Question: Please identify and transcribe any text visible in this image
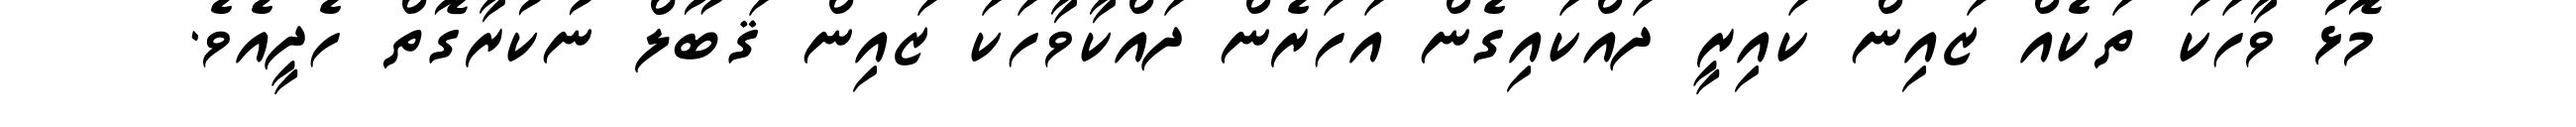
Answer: މޮޅު ވާހަކަ ތަކެއް ޒައިން ކައިރީ ދައްކައިގެން އަހަރެން ދައްކާވާހަކަ ޒައިން ޤަބޫލް ނުކުރާގޮތް ހެދީއެވެ.